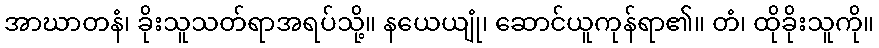
အာဃာတနံ၊ ခိုးသူသတ်ရာအရပ်သို့။ နယေယျုံ၊ ဆောင်ယူကုန်ရာ၏။ တံ၊ ထိုခိုးသူကို။